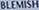
BLEMISH